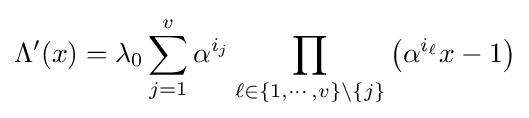
\Lambda '(x)=\lambda _{0}\sum _{j=1}^{v}\alpha ^{i_{j}}\prod _{\ell \in \{1,\cdots ,v\}\setminus \{j\}}\left(\alpha ^{i_{\ell }}x-1\right)